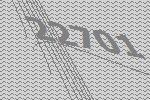
22701